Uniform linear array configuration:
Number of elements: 4
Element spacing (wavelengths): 0.5
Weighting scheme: exponential
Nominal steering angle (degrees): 0
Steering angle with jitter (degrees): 1.195
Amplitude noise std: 0.05
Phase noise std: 0.05

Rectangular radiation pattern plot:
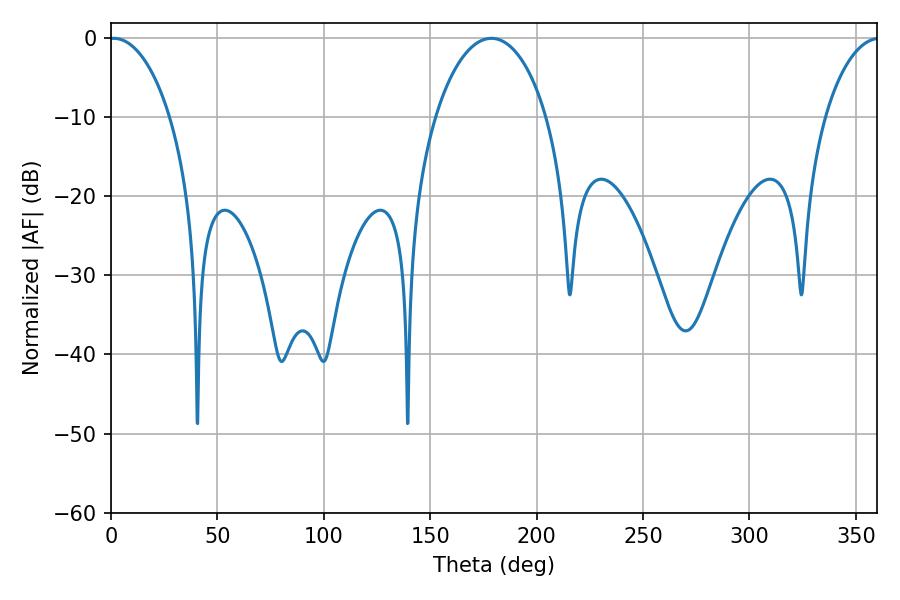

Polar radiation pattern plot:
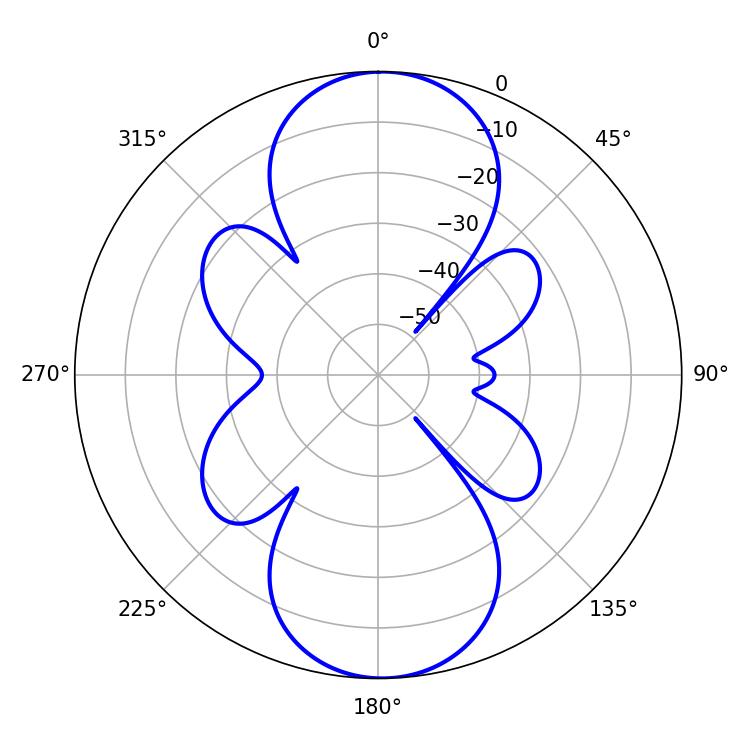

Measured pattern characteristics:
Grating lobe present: FALSE
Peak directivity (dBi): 19.86
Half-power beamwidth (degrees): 16.2
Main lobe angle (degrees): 1.26